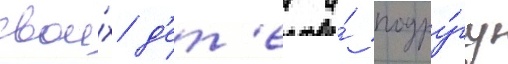
свои́х д'ет'еи и́ подру́гу